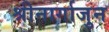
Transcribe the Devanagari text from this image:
श्रीनार्गाजुन